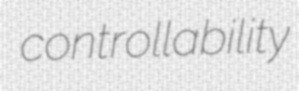
controllability